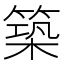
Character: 築